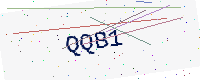
Text: QQB1